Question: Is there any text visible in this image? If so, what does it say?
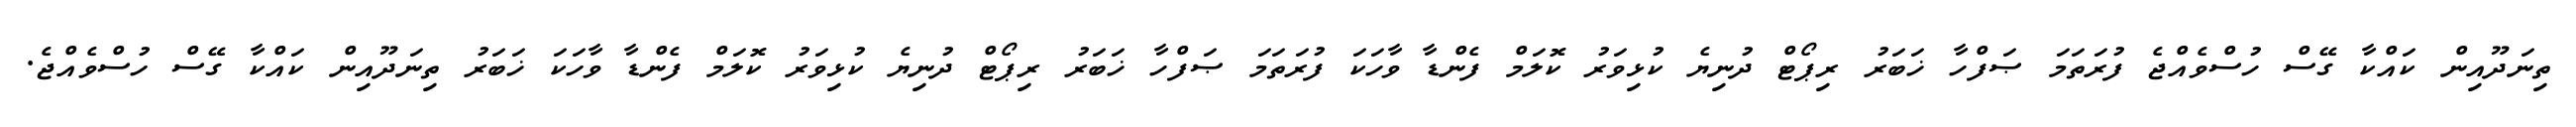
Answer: ތިނަދޫއިން ކައްކާ ގޭސް ހުސްވެއްޖެ ފުރަތަމަ ޞަފްހާ ޚަބަރު ރިޕޯޓް ދުނިޔެ ކުޅިވަރު ކޮލަމް ފެންޑާ ވާހަކަ ފުރަތަމަ ޞަފްހާ ޚަބަރު ރިޕޯޓް ދުނިޔެ ކުޅިވަރު ކޮލަމް ފެންޑާ ވާހަކަ ޚަބަރު ތިނަދޫއިން ކައްކާ ގޭސް ހުސްވެއްޖެ.